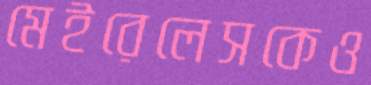
মেইরেলেসকেও